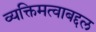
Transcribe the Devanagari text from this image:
व्यक्तिमत्वाबद्दल